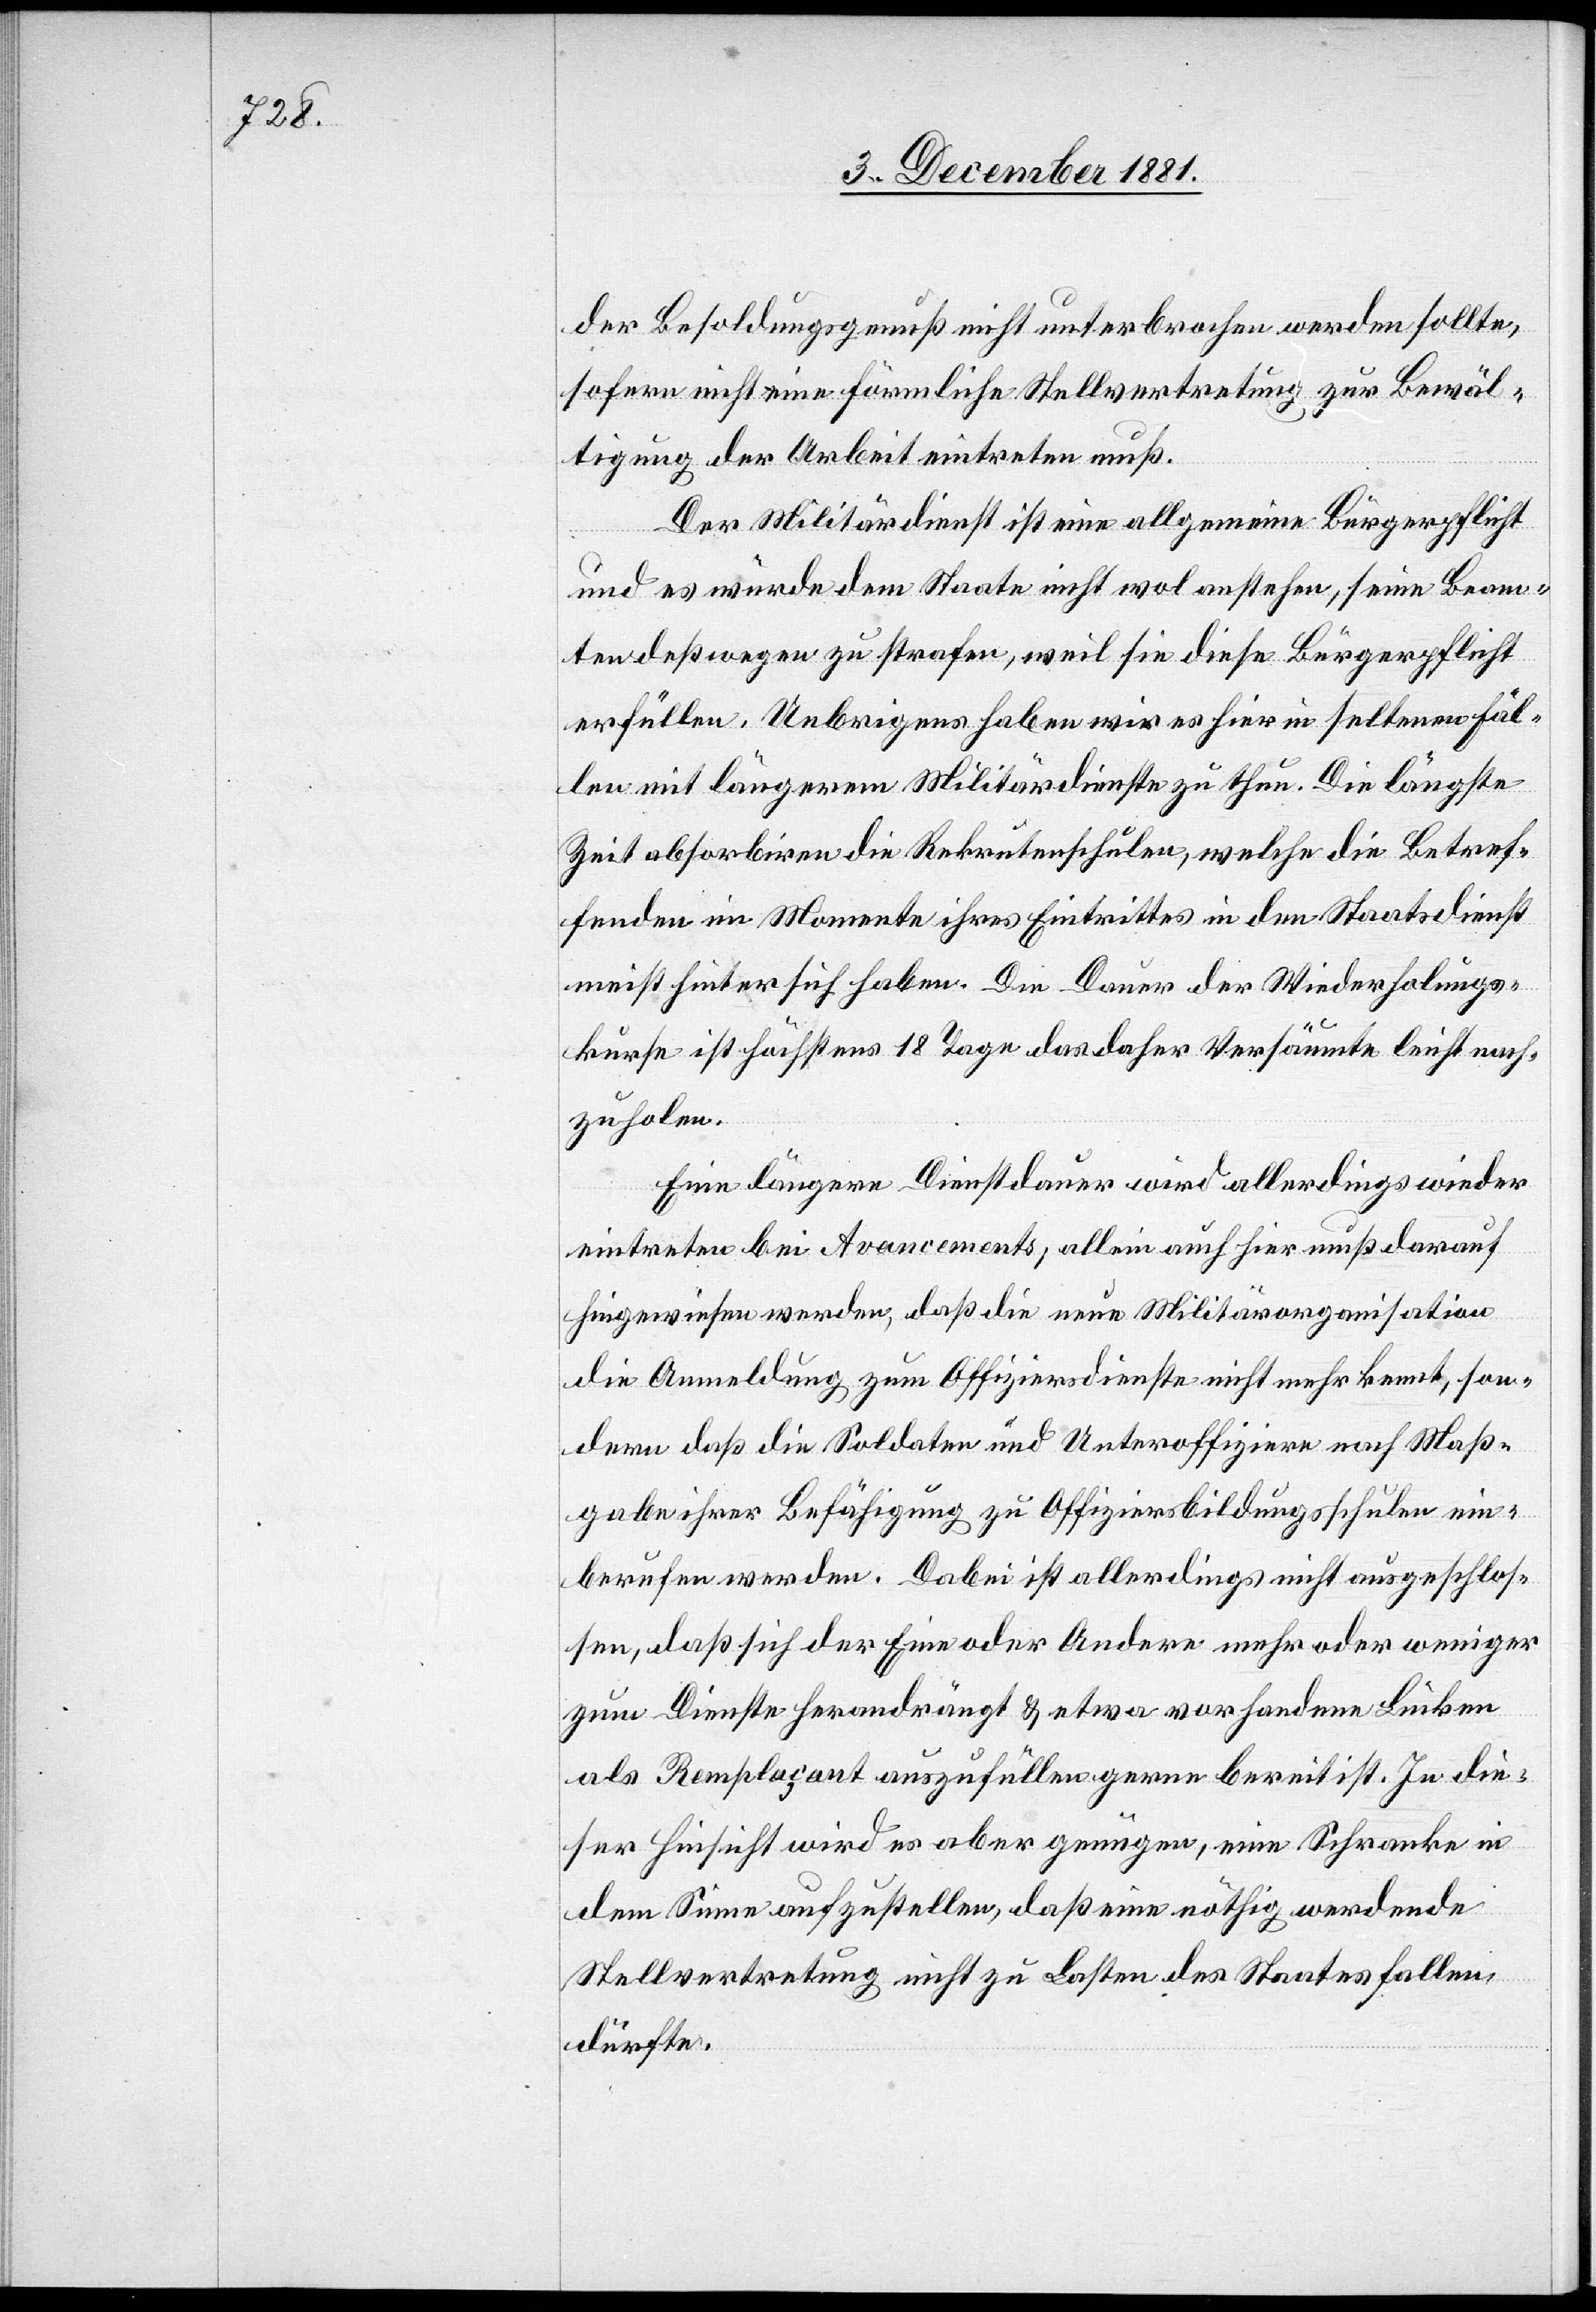
der Besoldungsgenuß nicht unterbrochen werden sollte,
sofern nicht eine förmliche Stellvertretung zur Bewäl¬
tigung der Arbeit eintreten muß.
Der Militärdienst ist eine allgemeine Bürgerpflicht
und es würde dem Staate nicht wol anstehen, seine Beam¬
ten deßwegen zu strafen, weil sie diese Bürgerpflicht
erfüllen. Uebrigens haben wir es hier in seltenen Fäl¬
len mit längerem Militärdienste zu thun. Die längste
Zeit absorbiren die Rekrutenschulen, welche die Betref¬
fenden im Momente ihres Eintrittes in den Staatsdienst
meist hinter sich haben. Die Dauer der Wiederholungs¬
kurse ist höchstens 18 Tage das daher Versäumte leicht nach¬
zuholen.
Eine längere Dienstdauer wird allerdings wieder
eintreten bei Avancements, allein auch hier muß darauf
hingewiesen werden, daß die neue Militärorganisation
die Anmeldung zum Offiziersdienste nicht mehr kennt, son¬
dern daß die Soldaten und Unteroffiziere nach Maß¬
gabe ihrer Befähigung zu Offiziersbildungsschulen ein¬
berufen werden. Dabei ist allerdings nicht ausgeschlos¬
sen, daß sich der eine oder andere mehr oder weniger
zum Dienste herandrängt & etwa vorhandene Lücken
als Remplaçant auszufüllen gerne bereit ist. In die¬
ser Hinsicht wird es aber genügen, eine Schranke in
dem Sinne aufzustellen, daß eine nöthig werdende
Stellvertretung nicht zu Lasten des Staates fallen
dürfte.